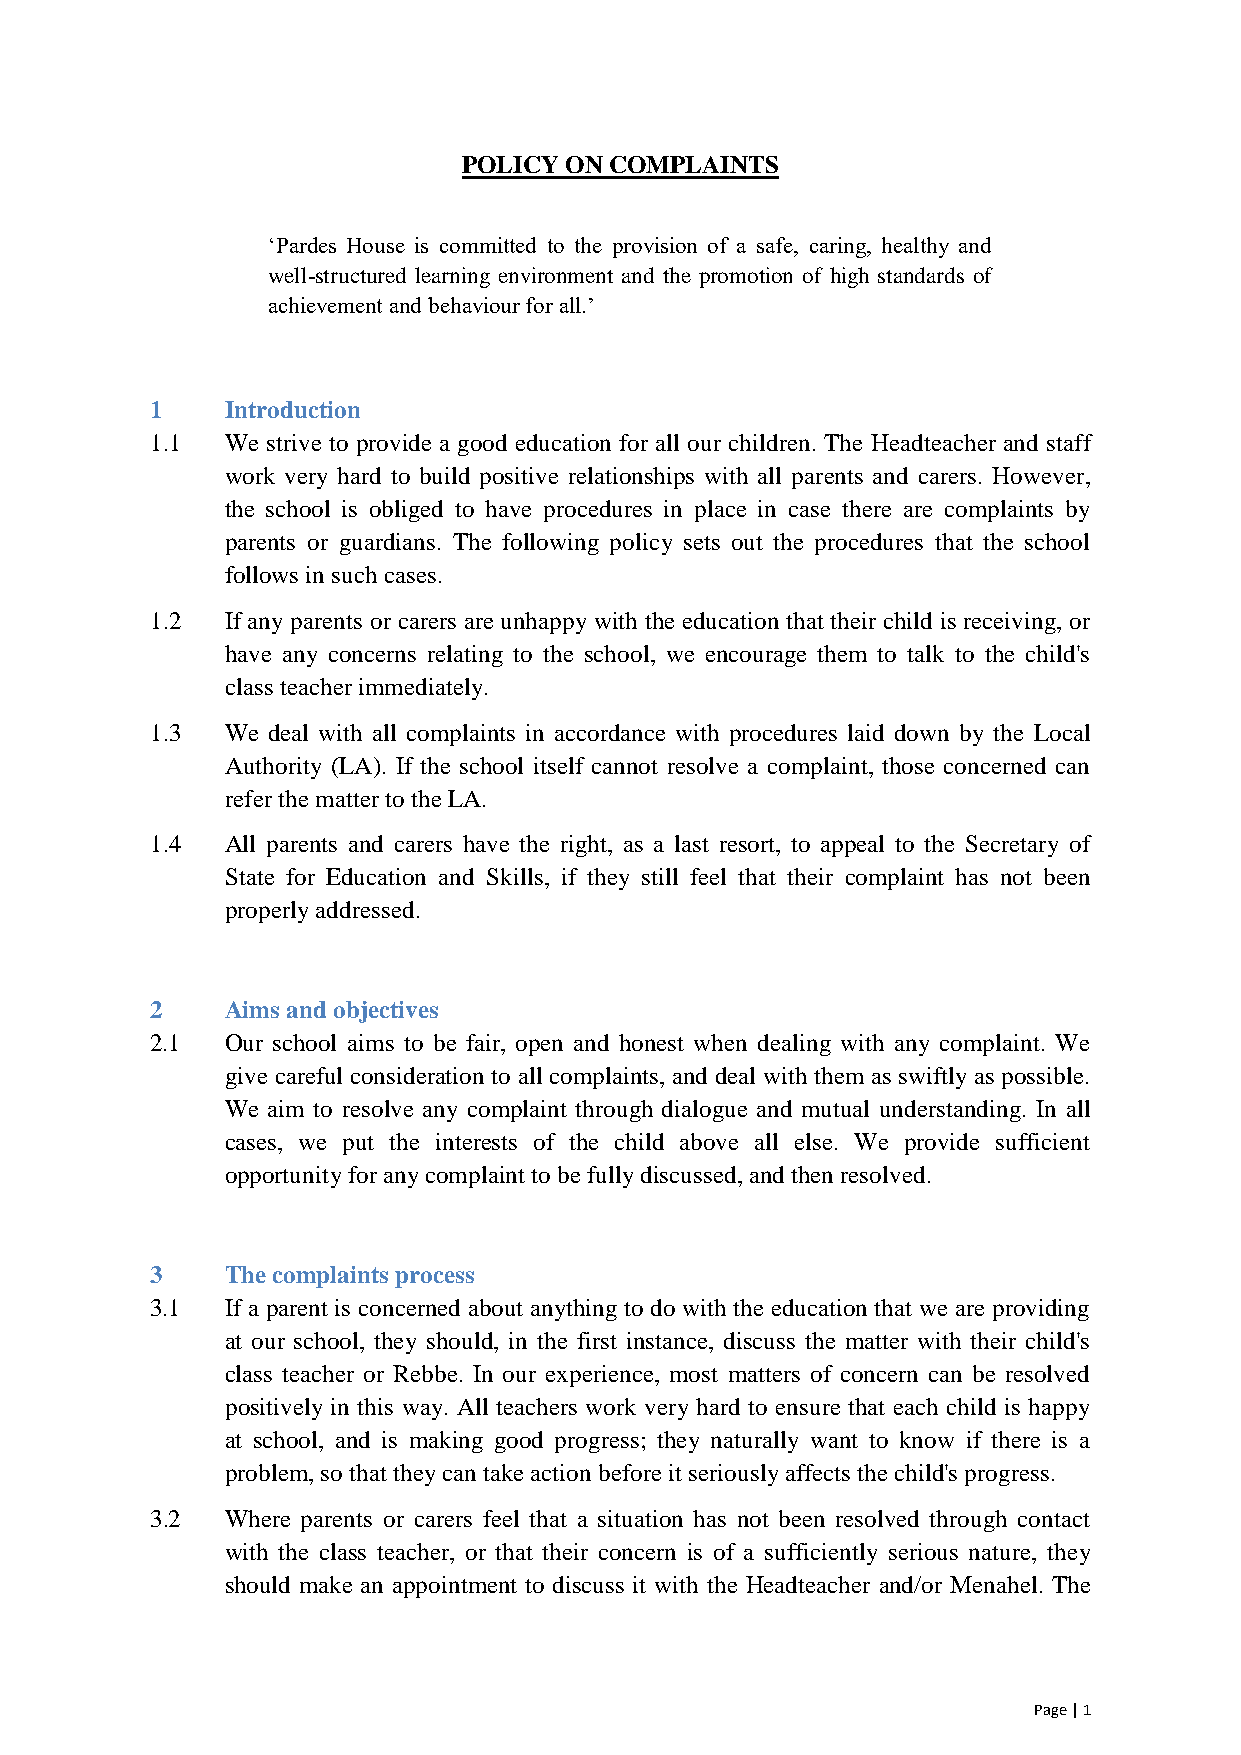
POLICY ON COMPLAINTS
 ‘Pardes House is committed to the provision of a safe, caring, healthy and
 well-structured learning environment and the promotion of high standards of
 achievement and behaviour for all.’
 1    Introduction
 1.1  We strive to provide a good education for all our children. The Headteacher and staff
 work very hard to build positive relationships with all parents and carers. However,
 the school is obliged to have procedures in place in case there are complaints by
 parents or guardians. The following policy sets out the procedures that the school
 follows in such cases.
 1.2  If any parents or carers are unhappy with the education that their child is receiving, or
 have any concerns relating to the school, we encourage them to talk to the child's
 class teacher immediately.
 1.3  We deal with all complaints in accordance with procedures laid down by the Local
 Authority (LA). If the school itself cannot resolve a complaint, those concerned can
 refer the matter to the LA.
 1.4  All parents and carers have the right, as a last resort, to appeal to the Secretary of
 State for Education and Skills, if they still feel that their complaint has not been
 properly addressed.
 2    Aims and objectives
 2.1  Our school aims to be fair, open and honest when dealing with any complaint. We
 give careful consideration to all complaints, and deal with them as swiftly as possible.
 We aim to resolve any complaint through dialogue and mutual understanding. In all
 cases, we put the interests of the child above all else. We provide sufficient
 opportunity for any complaint to be fully discussed, and then resolved.
 3    The complaints process
 3.1  If a parent is concerned about anything to do with the education that we are providing
 at our school, they should, in the first instance, discuss the matter with their child's
 class teacher or Rebbe. In our experience, most matters of concern can be resolved
 positively in this way. All teachers work very hard to ensure that each child is happy
 at school, and is making good progress; they naturally want to know if there is a
 problem, so that they can take action before it seriously affects the child's progress.
 3.2  Where parents or carers feel that a situation has not been resolved through contact
 with the class teacher, or that their concern is of a sufficiently serious nature, they
 should make an appointment to discuss it with the Headteacher and/or Menahel. The
 Page | 1